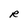
Character: R